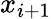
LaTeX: x_{i+1}